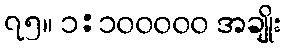
၇၅။ ၁:၁၀၀၀၀၀ အချိုး